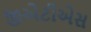
જીએટીએસ